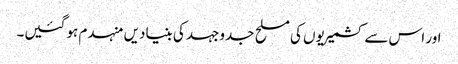
اور اس سے کشمیریوں کی مسلح جدوجہد کی بنیادیں منہدم ہو گئیں۔